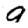
Digit: 9